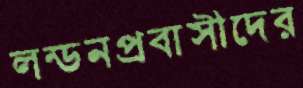
লন্ডনপ্রবাসীদের